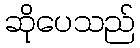
ဆိုပေသည်